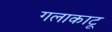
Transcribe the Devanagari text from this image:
गलाकाटू